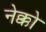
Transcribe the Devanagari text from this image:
नेक्को